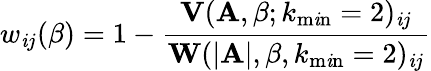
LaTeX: w_{\mathit{i}j}(\beta)=1-\frac{{\mathbf{{V}}(\mathbf{{A}},\beta;k_{\operatorname*{m\mathit{i}n}}=2)_{\mathit{i}j}}}{{\mathbf{{W}}(|\mathbf{{A}}|,\beta,k_{\operatorname*{m\mathit{i}n}}=2)_{\mathit{i}j}}}